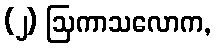
(၂) ဩကာသလောက,